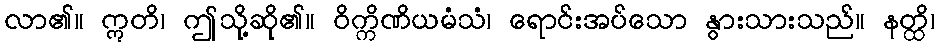
လာ၏။ ဣတိ၊ ဤသို့ဆို၏။ ဝိက္ကိဏိယမံသံ၊ ရောင်းအပ်သော နွားသားသည်။ နတ္ထိ၊